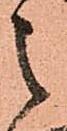
之